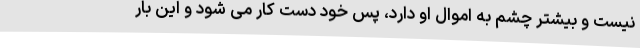
نیست و بیشتر چشم به اموال او دارد، پس خود دست کار می شود و این بار